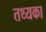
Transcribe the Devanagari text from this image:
तथ्यका